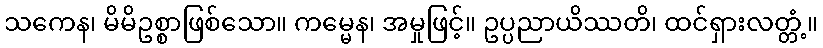
သကေန၊ မိမိဥစ္စာဖြစ်သော။ ကမ္မေန၊ အမှုဖြင့်။ ဥပ္ပညာယိဿတိ၊ ထင်ရှားလတ္တံ့။